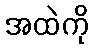
အထဲကို